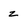
Character: z